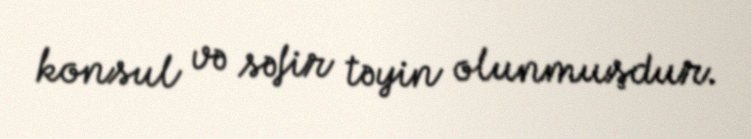
konsul və səfir təyin olunmuşdur.